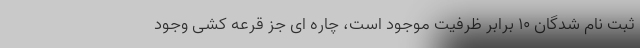
ثبت نام شدگان ۱۰ برابر ظرفیت موجود است، چاره ای جز قرعه کشی وجود